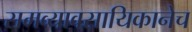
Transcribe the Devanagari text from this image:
समव्यावसायिकानेच